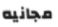
مجانيه